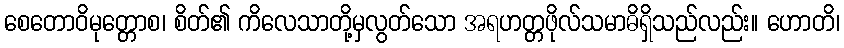
စေတောဝိမုတ္တောစ၊ စိတ်၏ ကိလေသာတို့မှလွတ်သော အရဟတ္တဖိုလ်သမာဓိရှိသည်လည်း။ ဟောတိ၊